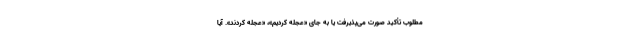
مطلوب تأکید صورت می‌پذیرفت یا به جای «عجله کردیم»، «عجله کردند». آیا